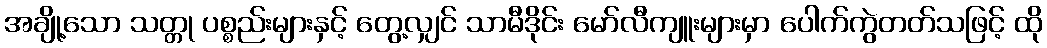
အချို့သော သတ္တု ပစ္စည်းများနှင့် တွေ့လျှင် သာမီဒိုင်း မော်လီကျူးများမှာ ပေါက်ကွဲတတ်သဖြင့် ထို